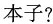
本子?